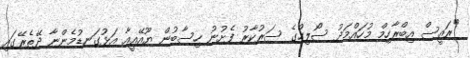
"ރައީސް އިބްރާހިމް މުހައްމަދު ސޯލިހްގެ ސަރުކާރު ފެށުނު ހިސާބުން ޔޫއޭއީއާ އަޅުގަނޑުމެންނާ ދޭތެރޭގައި